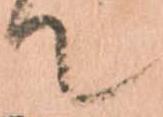
て